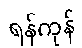
ရန်ကုန်